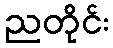
ညတိုင်း